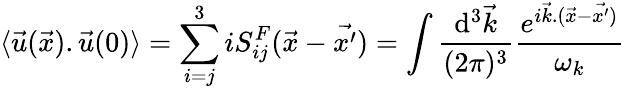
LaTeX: \langle{\vec{u}}(\vec{x}).{\vec{u}}(0)\rangle=\sum_{i=j}^{3}iS_{ij}^{F}({\vec{x}}-{\vec{x^{\prime}}})=\int{\frac{\mathrm{d}^{3}{\vec{k}}}{(2\pi)^{3}}}{{\frac{e^{i{\vec{k}}.({\vec{x}}-{\vec{x^{\prime}})}}}{\omega_{k}}}}